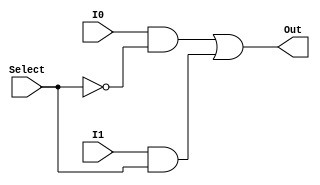
module MUX
(
	input I0,
	input I1,
	input Select,
	output Out
);

assign Out = (I0 & ~Select) | (I1 & Select);
endmodule